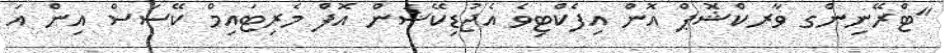
"ޓްރޭނިންގ ވާރކްޝޮޕް އޮން އިފެކްޓިވެ އެޖުޑިކޭޝަން އޮފް މެރިޓައިމް ކޭސަސް އިން އަ